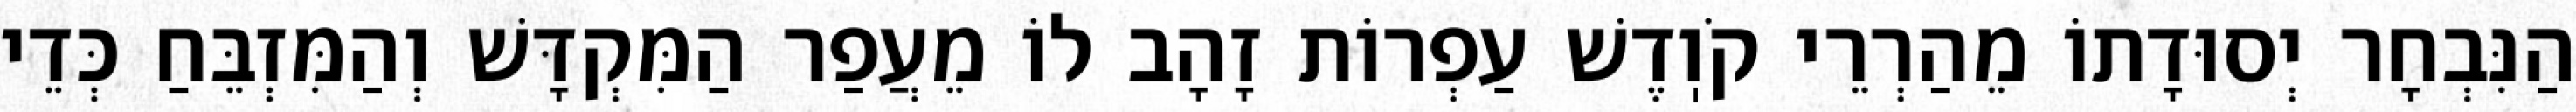
הַנִּבְחָר יְסוּדָתוֹ מֵהַרְרֵי קֹוֽדֶשׁ עַפְרוֹת זָהָב לוֹ מֵעֲפַר הַמִּקְדָּשׁ וְהַמִּזְבֵּחַ כְּדֵי